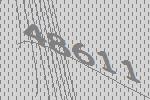
48611